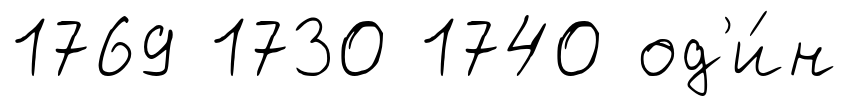
1769 1730 1740 од'и́н